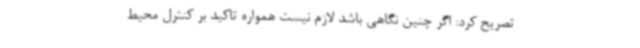
تصریح کرد: اگر چنین نگاهی باشد لازم نیست همواره تاکید بر کنترل محیط